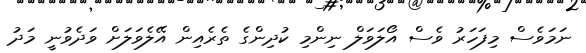
ނަމަވެސް މިފަހަރު ވެސް އޯލަވަލް ނިންމި ކުދިންގެ ތެރެއިން އޭލެވަަލަށް ވަދެވުނީ މަދު